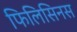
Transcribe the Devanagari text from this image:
फिलिसिनस